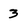
Character: 3